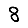
Digit: 8